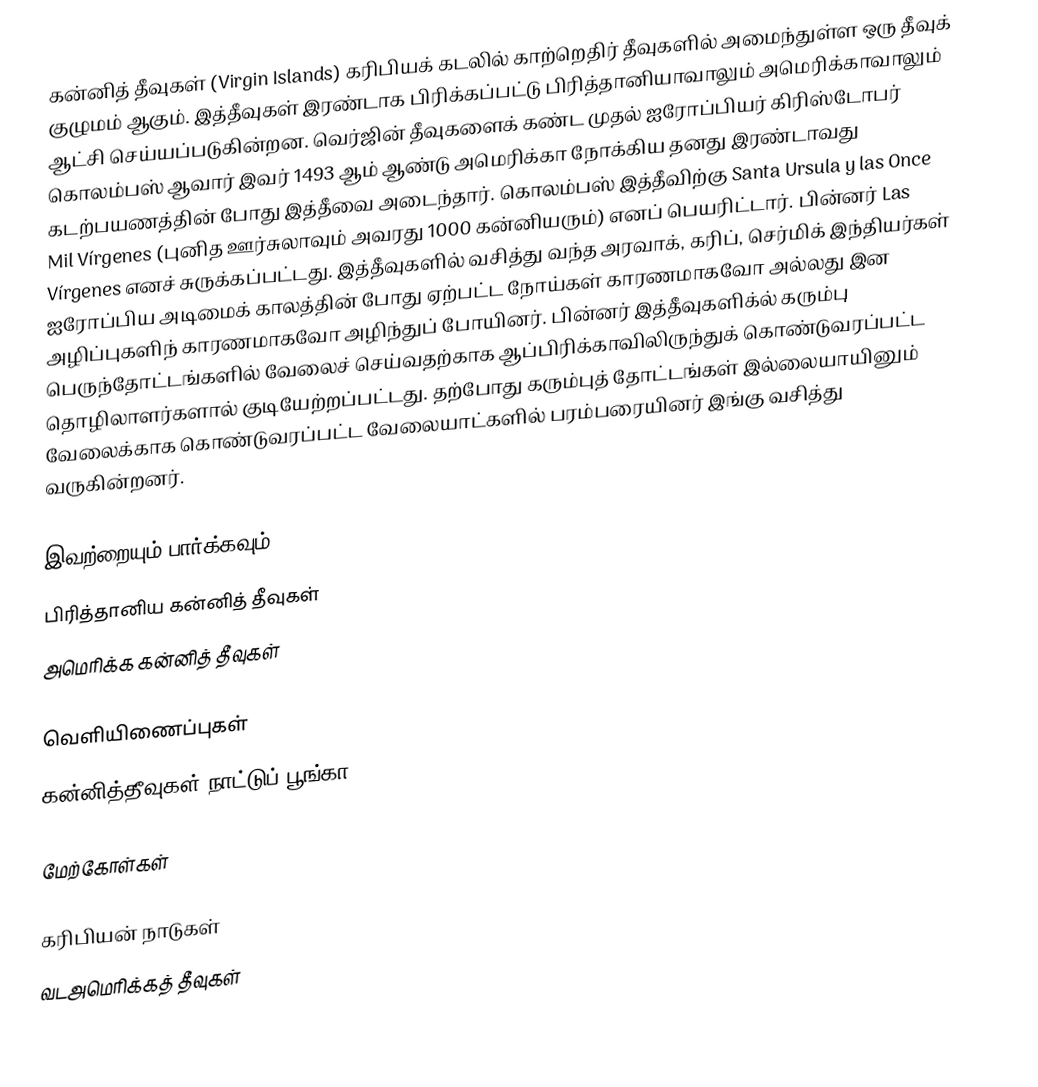
கன்னித் தீவுகள் (Virgin Islands) கரிபியக் கடலில் காற்றெதிர் தீவுகளில் அமைந்துள்ள ஒரு தீவுக் குழுமம் ஆகும். இத்தீவுகள் இரண்டாக பிரிக்கப்பட்டு பிரித்தானியாவாலும் அமெரிக்காவாலும் ஆட்சி செய்யப்படுகின்றன. வெர்ஜின் தீவுகளைக் கண்ட முதல் ஐரோப்பியர் கிரிஸ்டோபர் கொலம்பஸ் ஆவார் இவர் 1493 ஆம் ஆண்டு அமெரிக்கா நோக்கிய தனது இரண்டாவது கடற்பயணத்தின் போது இத்தீவை அடைந்தார். கொலம்பஸ் இத்தீவிற்கு Santa Ursula y las Once Mil Vírgenes (புனித ஊர்சுலாவும் அவரது 1000 கன்னியரும்) எனப் பெயரிட்டார். பின்னர் Las Vírgenes எனச் சுருக்கப்பட்டது. இத்தீவுகளில் வசித்து வந்த அரவாக், கரிப், செர்மிக் இந்தியர்கள் ஐரோப்பிய அடிமைக் காலத்தின் போது ஏற்பட்ட நோய்கள் காரணமாகவோ அல்லது இன அழிப்புகளிந் காரணமாகவோ அழிந்துப் போயினர். பின்னர் இத்தீவுகளிக்ல் கரும்பு பெருந்தோட்டங்களில் வேலைச் செய்வதற்காக ஆப்பிரிக்காவிலிருந்துக் கொண்டுவரப்பட்ட தொழிலாளர்களால் குடியேற்றப்பட்டது. தற்போது கரும்புத் தோட்டங்கள் இல்லையாயினும் வேலைக்காக கொண்டுவரப்பட்ட வேலையாட்களில் பரம்பரையினர் இங்கு வசித்து வருகின்றனர்.

இவற்றையும் பார்க்கவும்
 பிரித்தானிய கன்னித் தீவுகள்
 அமெரிக்க கன்னித் தீவுகள்

வெளியிணைப்புகள்
 கன்னித்தீவுகள் நாட்டுப் பூங்கா

மேற்கோள்கள்

கரிபியன் நாடுகள்
வடஅமெரிக்கத் தீவுகள்